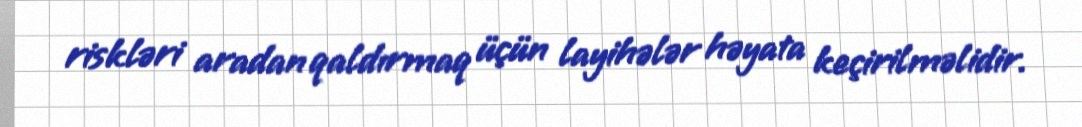
riskləri aradan qaldırmaq üçün layihələr həyata keçirilməlidir.